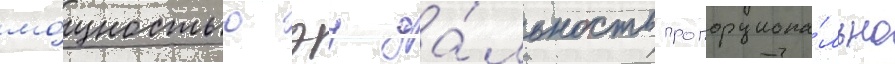
мо́щностью эу да́льность пропорциона́льно